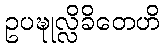
ဥပဍ္ဎုလ္လိခိတေဟိ